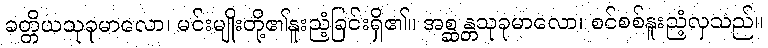
ခတ္တိယသုခုမာလော၊ မင်းမျိုးတို့၏နူးညံ့ခြင်းရှိ၏။ အစ္ဆန္တသုခုမာလော၊ စင်စစ်နူးညံ့လှသည်။